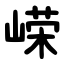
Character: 嵘